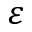
\varepsilon